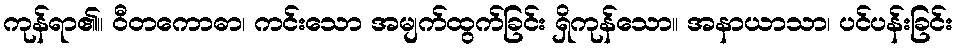
ကုန်ရာ၏။ ဝီတကောဓာ၊ ကင်းသော အမျက်ထွက်ခြင်း ရှိကုန်သော။ အနာယာသာ၊ ပင်ပန်းခြင်း